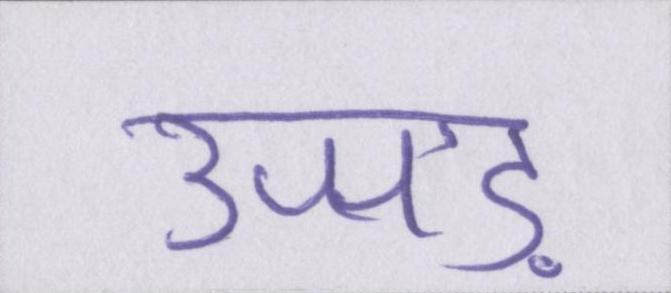
उजड़